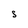
Character: S